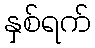
နှစ်ရက်